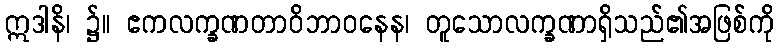
ဣဒါနိ၊ ၌။ ဧကလက္ခဏတာဝိဘာဝနေန၊ တူသောလက္ခဏာရှိသည်၏အဖြစ်ကို